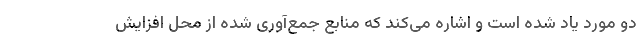
دو مورد یاد شده است و اشاره می‌کند که منابع جمع‌آوری شده از محل افزایش